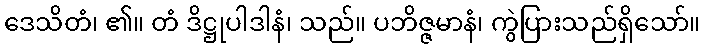
ဒေသိတံ၊ ၏။ တံ ဒိဋ္ဌုပါဒါနံ၊ သည်။ ပဘိဇ္ဇမာနံ၊ ကွဲပြားသည်ရှိသော်။